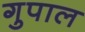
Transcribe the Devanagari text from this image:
गुपाल